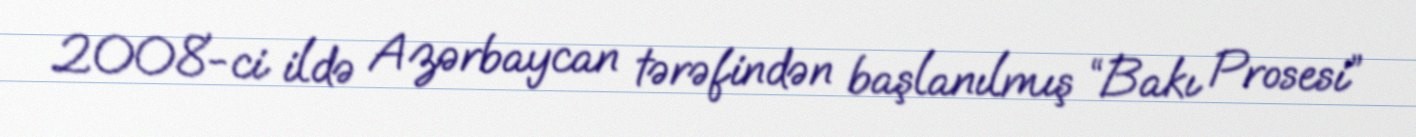
2008-ci ildə Azərbaycan tərəfindən başlanılmış “Bakı Prosesi”